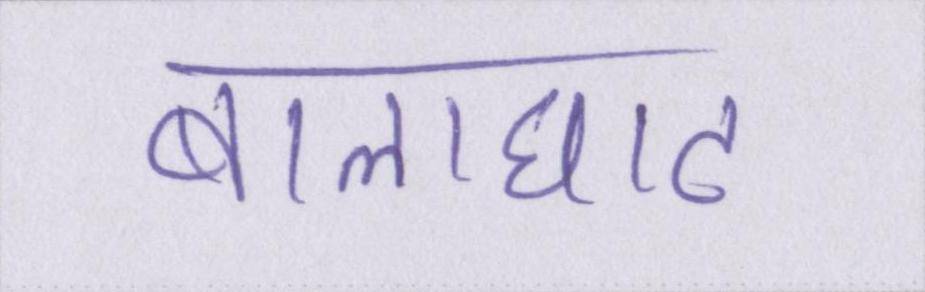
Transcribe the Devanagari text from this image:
बालाघाट